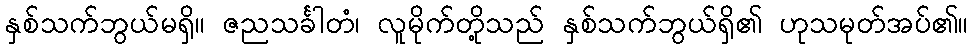
နှစ်သက်ဘွယ်မရှိ။ ဇညသင်္ခါတံ၊ လူမိုက်တို့သည် နှစ်သက်ဘွယ်ရှိ၏ ဟုသမုတ်အပ်၏။